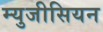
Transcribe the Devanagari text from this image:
म्युजीसियन